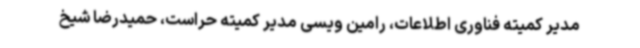
مدیر کمیته فناوری اطلاعات، رامین ویسی مدیر کمیته حراست، حمیدرضا شیخ